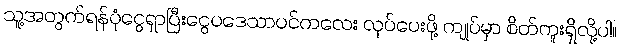
သူ့အတွက်ရန်ပုံငွေရှာပြီးငွေပဒေသာပင်ကလေး လုပ်ပေးဖို့ ကျုပ်မှာ စိတ်ကူးရှိလို့ပါ။